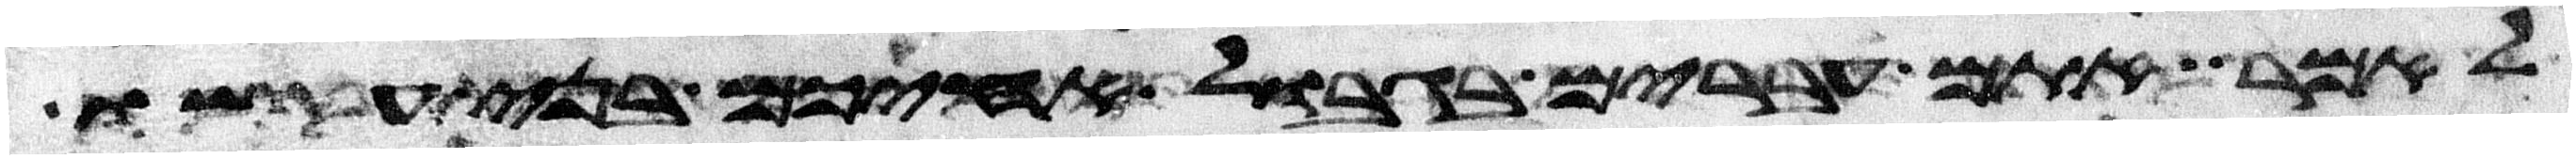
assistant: לאמר אתם עברים בגבול אחיכם בני עשו